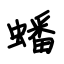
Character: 蟠